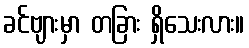
ခင်ဗျားမှာ တခြား ရှိသေးလား။